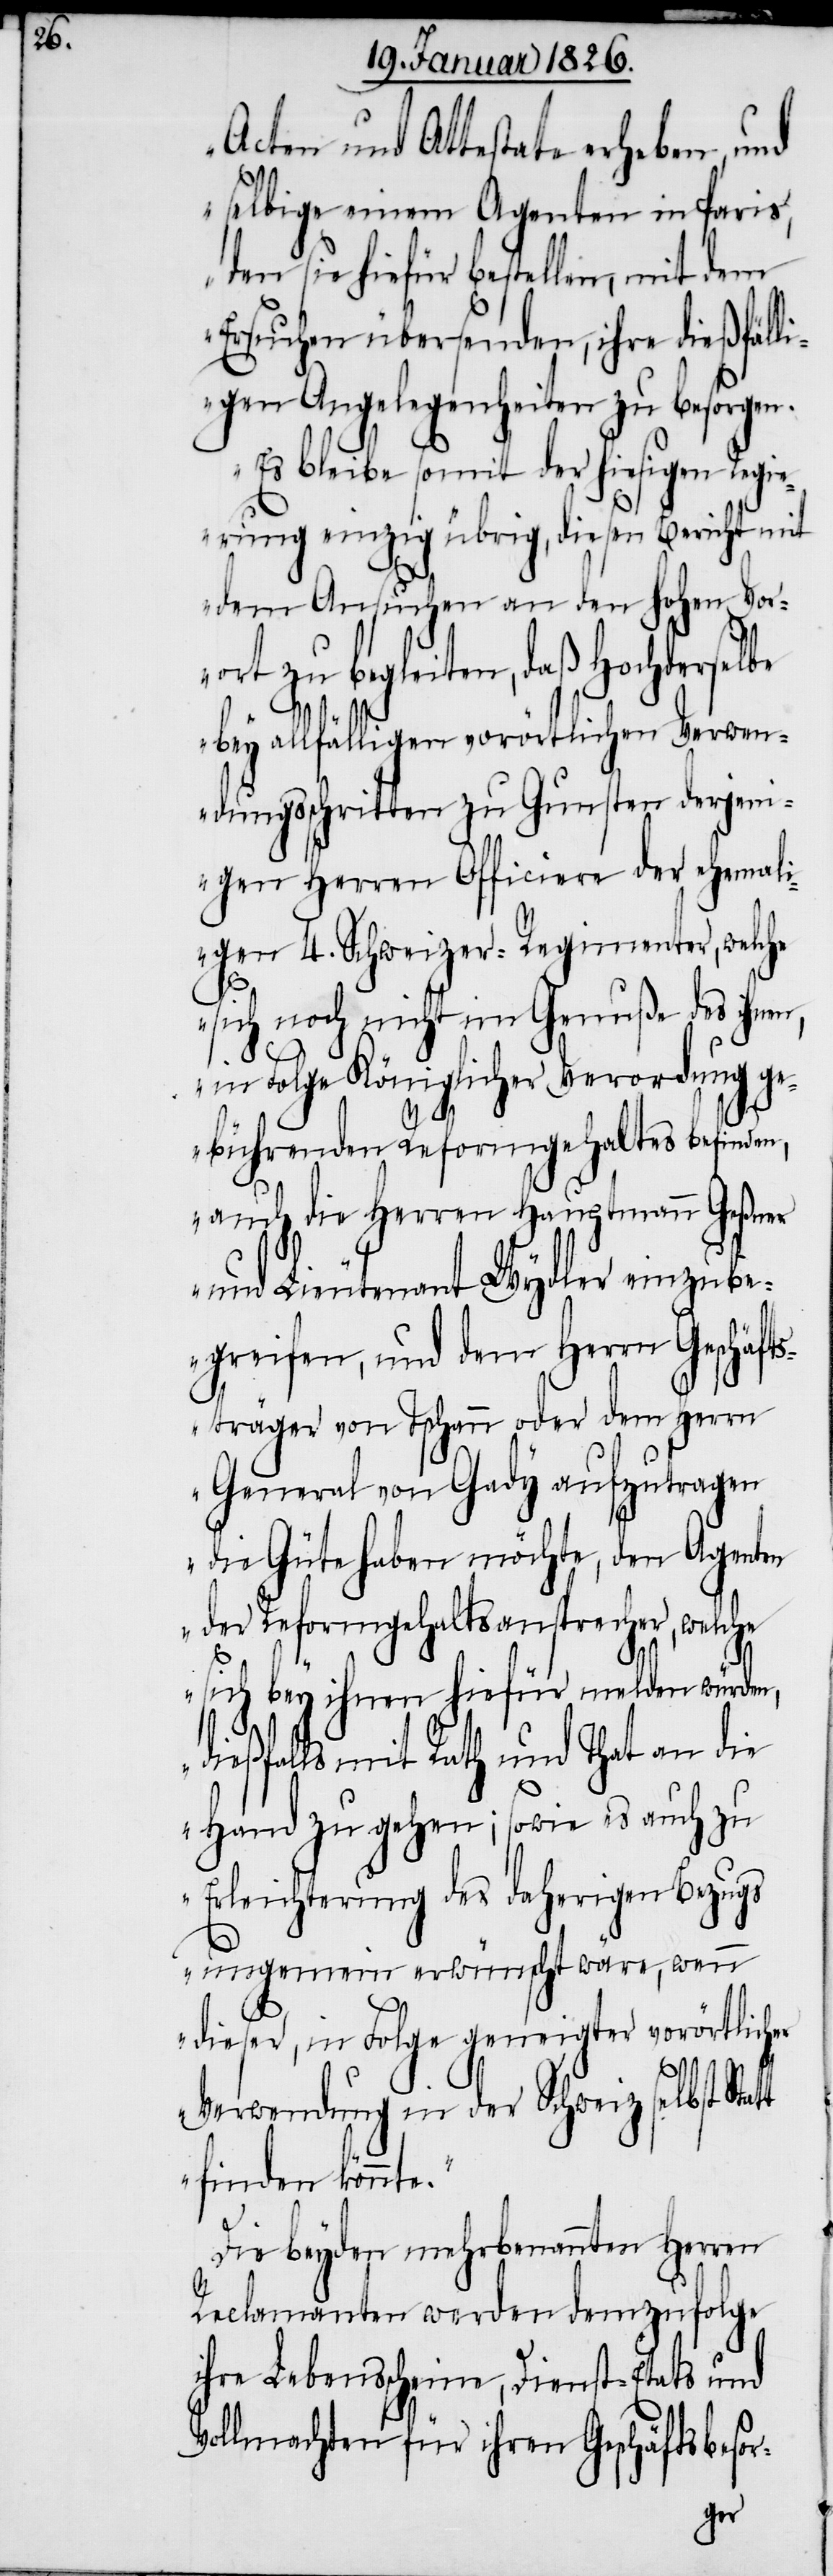
Acten und Attestate erheben, und
selbige einem Agenten in Paris,
den sie hiefür bestellen, mit dem
Ersuchen übersenden, ihre dießfäll¬
igen Angelegenheiten zu besorgen.
Es bleibe somit der hiesigen Regi¬
erung einzig übrig, diesen Bericht mit
dem Ansuchen an den hohen Vor¬
ort zu begleiten, daß Hochderselbe
bey allfälligen vorörtlichen Verwen¬
dungsschritten zu Gunsten derjeni¬
gen Herren Officiere der ehemali¬
gen 4. Schweizer-Regimenter, welche
sich noch nicht im Genuße des ihnen
in Folge Königlicher Verordnung ge¬
bührenden Reformgehaltes befinden,
auch die Herren Hauptmann Geßner
und Lieutenant Wydler einzube¬
greifen, und dem Herrn Geschäft¬
sträger von Tschann oder dem Herrn
General von Gady aufzutragen
die Güte haben möchte, den Agenten
der Reformgehaltsansprecher, welche
sich bey ihnen hiefür melden würden,
dießfalls mit Rath und That an die
Hand zu gehen; sowie es auch zu
Erleichterung des daherigen Bezugs
ungemein erwünscht wäre, wenn
dieser, in Folge geneigter vorörtlicher
Verwendung in der Schweiz selbst
finden könnte.“
Die beyden mehrbenannten Herren
Reclamanten werden demzufolge
ihre Lebensscheine, Dienst-Etats und
Vollmachten für ihren Geschäftsbesor-